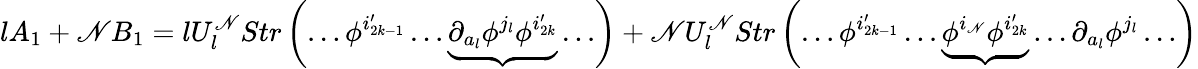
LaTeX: lA_{1}+\mathscr{N}B_{1}=lU_{l}^{\mathscr{N}}Str\left(\ldots\phi^{i_{2k-1}^{\prime}}\ldots\underbrace{{\partial_{a_{l}}\phi^{j_{l}}\phi^{i_{2k}^{\prime}}}}\ldots\right)+\mathscr{N}U_{l}^{\mathscr{N}}Str\left(\ldots\phi^{i_{2k-1}^{\prime}}\ldots\underbrace{{\phi^{i_{\mathscr{N}}}\phi^{i_{2k}^{\prime}}}}\ldots\partial_{a_{l}}\phi^{j_{l}}\ldots\right)